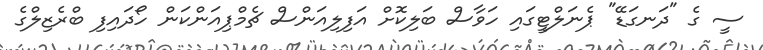
ސީ ގެ "ދަނގަޑޭ" ޕެނަލްޓީގައި ހަވާސް ބަލިކޮށް އަފިލިއަންސް ޗެމްޕިއަންކަން ހޯދައިފި ބްރެޒިލްގެ